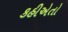
કહીએતો